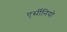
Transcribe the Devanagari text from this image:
एर्सीनियो